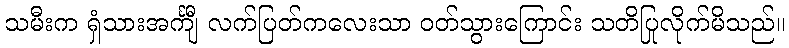
သမီးက ရှံသားအင်္ကျီ လက်ပြတ်ကလေးသာ ဝတ်သွားကြောင်း သတိပြုလိုက်မိသည်။